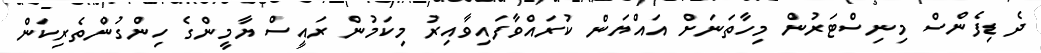
ދެ ޑިފެންސް މިނިސްޓަރުން މިހާތަނަށް އައްޔަން ކުރައްވާފައިވާއިރު މިކަމުން ރައީސް ޔާމީންގެ ހިންގުންތެރިކަން